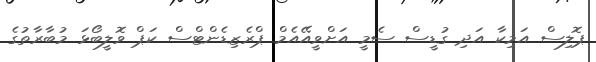
ޕޮލިސް އަމިކާ އަދި ގުޑީސް ސެމީ އަށްވީއޭއެމް ޕްރެޒިޑެންޓްސް ކަޕް ވޮލީބޯޅަ މުބާރާތުގެ